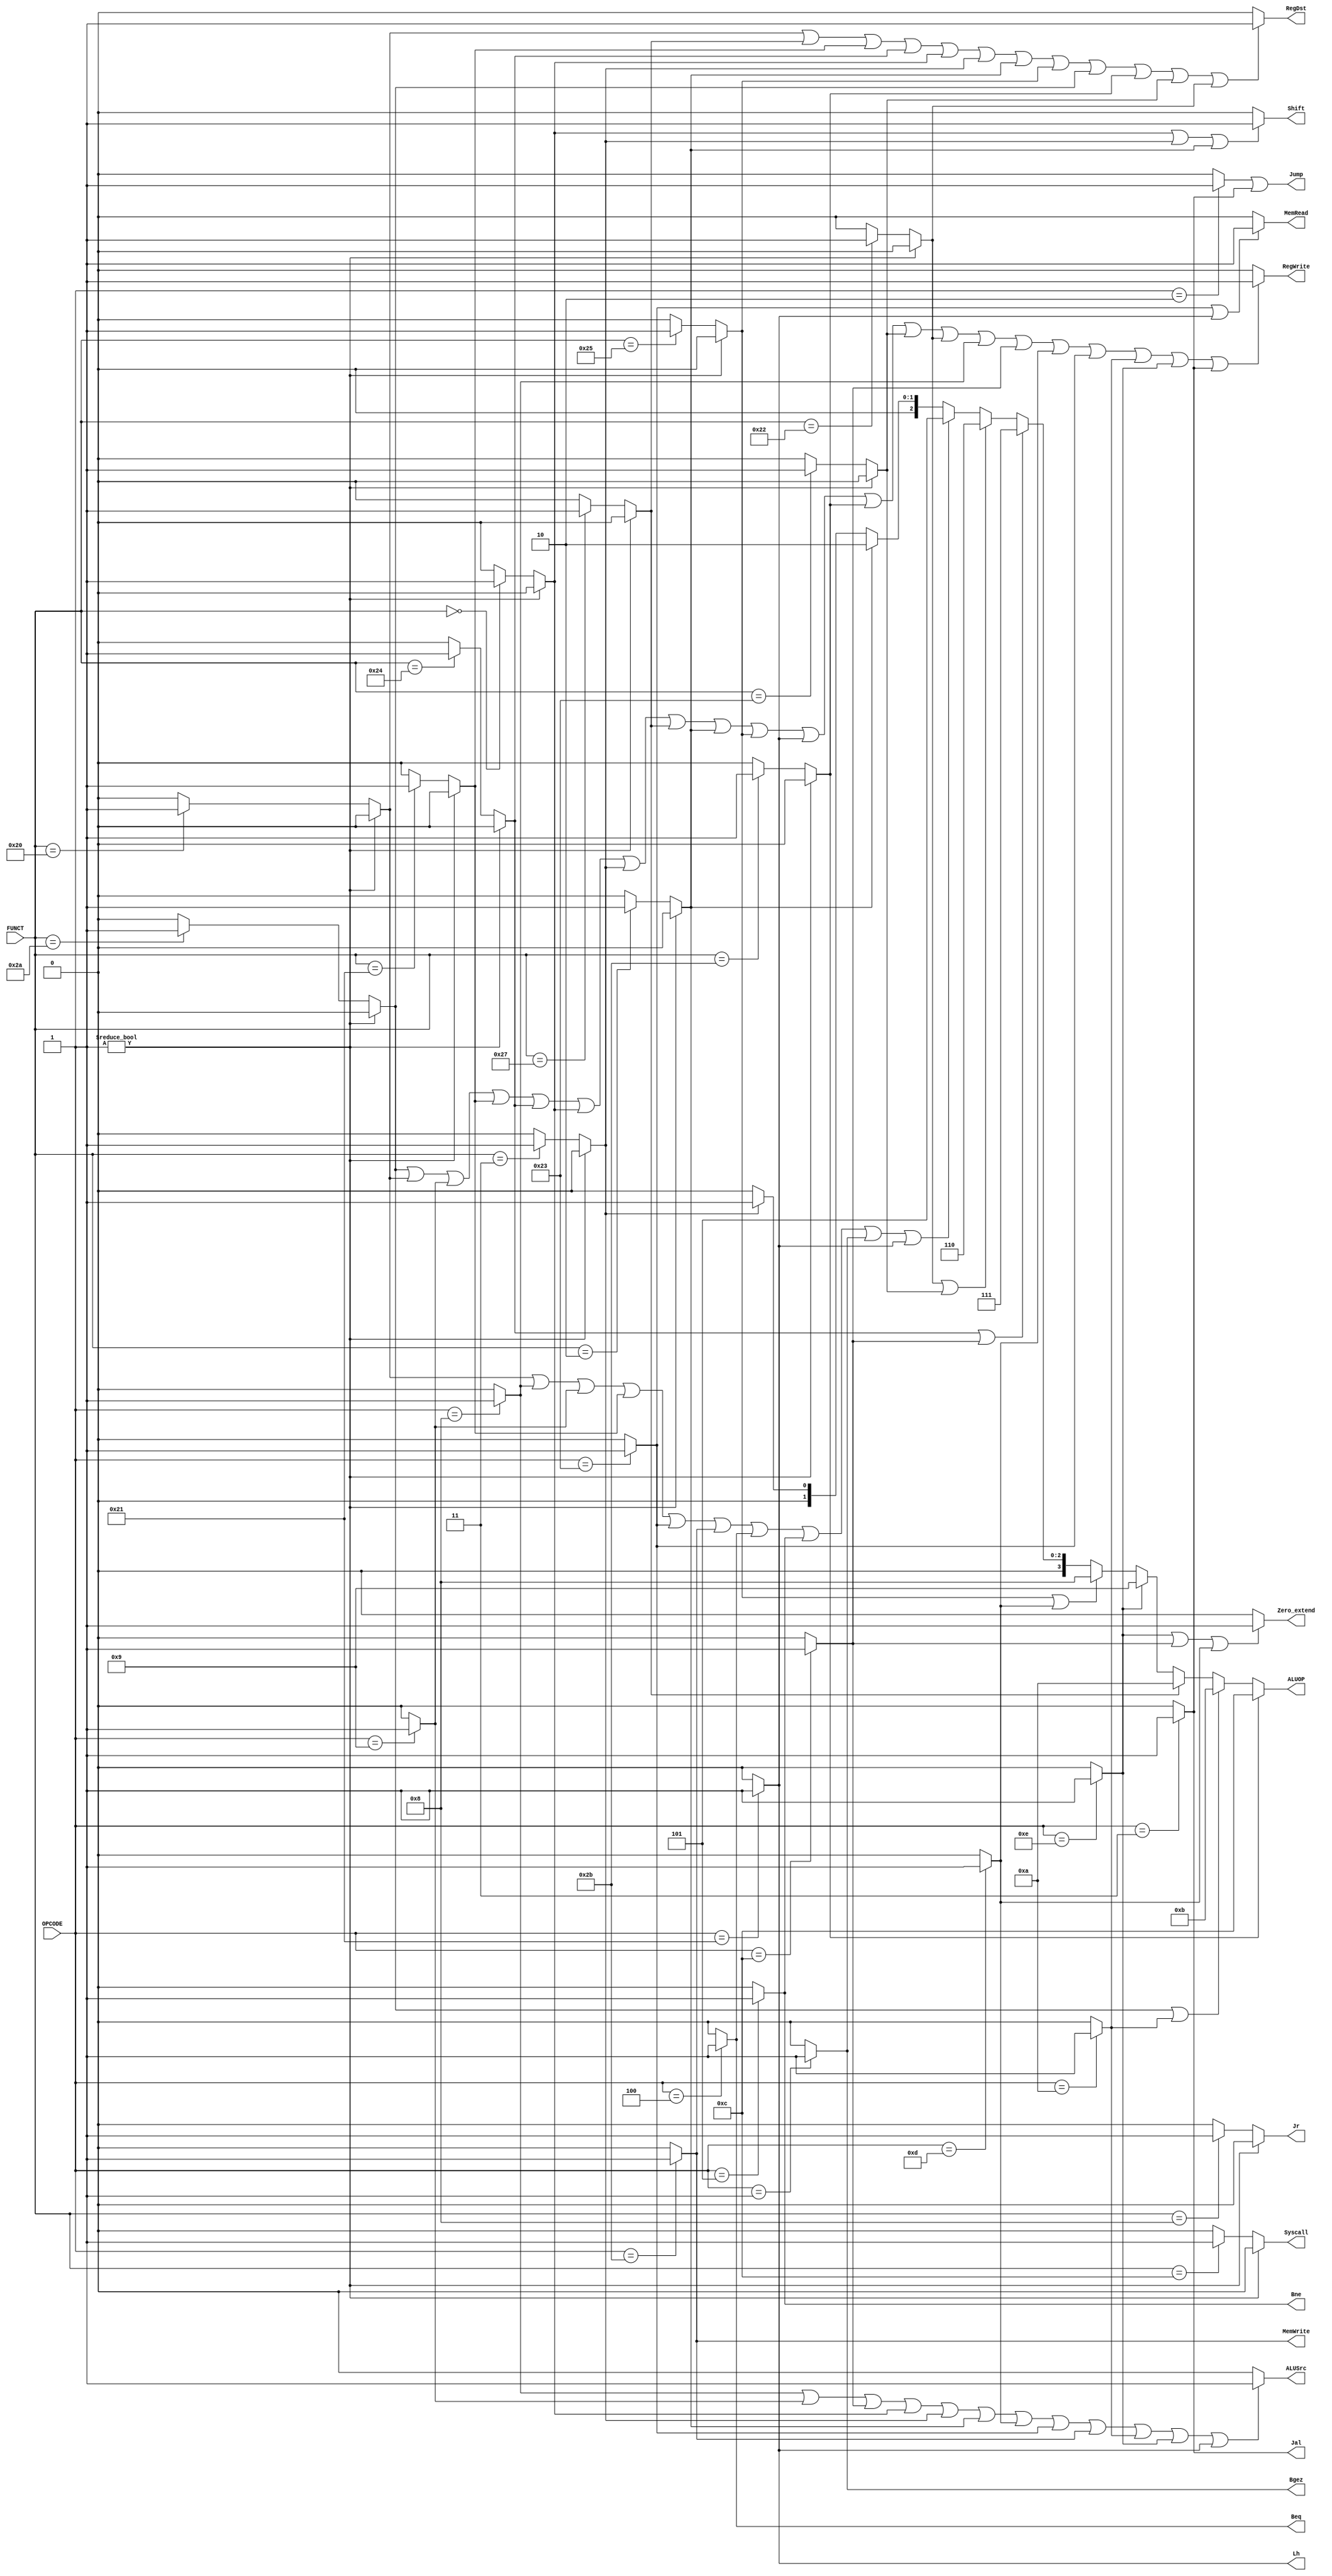
`timescale 1ns / 1ps
//////////////////////////////////////////////////////////////////////////////////
// Company: 
// Engineer: 
// 
// Design Name: 
// Module Name: CONTROL
// Project Name: 
// Target Devices: 
// Tool Versions: 
// Description: 
// 
// Dependencies: 
// 
// Revision:
// Revision 0.01 - File Created
// Additional Comments:
// 
//////////////////////////////////////////////////////////////////////////////////

/*
writer: tanghuichuan
input: 
    OPCODE[5:0] 
    FUNCT[5:0]
output:
    ALUOP[3:0] : ALU option
    ShiftZero_extend... : control message, 1 bit
*/

module CONTROL(
    input [5:0] OPCODE,
    input [5:0] FUNCT,
    output reg [3:0] ALUOP,
    output reg Shift,
    output reg Zero_extend,
    output reg ALUSrc,
    output reg RegDst,
    output reg RegWrite,
    output reg Jump,
    output reg Beq,
    output reg Bne,
    output reg MemRead,
    output reg MemWrite,
    output reg Jal,
    output reg Jr,
    output reg Syscall,
    output reg Bgez,
    output reg Lh
    );

    reg addi, addiu, andi, ori, lw, sw, beq, bne, slti, j, jal, xori, lh, bgez, add, addu, _and, sll, sra, srl, sub, _or, _nor, slt, sltu, jr, syscall, subu;
    initial begin
        addi <= 0; addiu <= 0; andi <= 0; ori <= 0; lw <= 0; sw <= 0; beq <= 0; bne <= 0; slti <= 0; j <= 0; jal <= 0; xori <= 0; lh <= 0; bgez <= 0; add <= 0; addu <= 0; _and <= 0; sll <= 0; sra <= 0; srl <= 0; sub <= 0; _or <= 0; _nor <= 0; slt <= 0; sltu <= 0; jr <= 0; syscall <= 0; subu <= 0;
    end

    always @(OPCODE or FUNCT) begin

        addi = (OPCODE == 6'h8) ? 1 : 0;
        addiu = (OPCODE == 6'h9) ? 1 : 0;
        andi = (OPCODE == 6'hc) ? 1 : 0;
        ori = (OPCODE == 6'hd) ? 1 : 0; 
        lw = (OPCODE == 6'h23) ? 1 : 0;
        sw = (OPCODE == 6'h2b) ? 1 : 0;
        beq = (OPCODE == 6'h4) ? 1 : 0;
        bne = (OPCODE == 6'h5) ? 1 : 0; 
        slti = (OPCODE == 6'ha) ? 1 : 0;
        j = (OPCODE == 6'h2) ? 1 : 0;
        jal = (OPCODE == 6'h3) ? 1 : 0;
        xori = (OPCODE == 6'he) ? 1 : 0; 
        lh = (OPCODE == 6'h21) ? 1 : 0;
        bgez = (OPCODE == 6'h1) ? 1 : 0;

        if (OPCODE != 0)begin
            add = 0; addu = 0; _and = 0; sll = 0; sra = 0; srl = 0; sub = 0; _or = 0; _nor = 0; slt = 0; sltu = 0; jr = 0; syscall = 0; subu = 0;
        end
        else begin
            add = (FUNCT == 6'h20) ? 1 : 0;
            addu = (FUNCT == 6'h21) ? 1 : 0;
            _and = (FUNCT == 6'h24) ? 1 : 0;
            sll = (FUNCT == 6'h0) ? 1 : 0; 
            sra = (FUNCT == 6'h3) ? 1 : 0;
            srl = (FUNCT == 6'h2) ? 1 : 0;
            sub = (FUNCT == 6'h22) ? 1 : 0;
            _or = (FUNCT == 6'h25) ? 1 : 0; 
            _nor = (FUNCT == 6'h27) ? 1 : 0;
            slt = (FUNCT == 6'h2a) ? 1 : 0;
            sltu = (FUNCT == 6'h2b) ? 1 : 0;
            jr = (FUNCT == 6'h8) ? 1 : 0; 
            syscall = (FUNCT == 6'hc) ? 1 : 0;
            subu = (FUNCT == 6'h23) ? 1 : 0;
        end

        // ALU Option
        ALUOP <= sltu ? 12 :
                (slt || slti) ? 11 :
                _nor ? 10 :
                xori ? 9 :
                (_or || ori) ? 8 : 
                (_and || andi) ? 7 :
                (sub || subu) ? 6 :
                (add || addi || addiu || addu || lw || sw || beq || bne || bgez || lh) ? 5 :
                srl ? 2 : 
                sra ? 1 :
                sll ? 0 : 0;

        // Control Message
        MemRead = (lw || lh) ? 1 : 0;
        MemWrite = sw;
        Shift = (sll || sra || srl) ? 1 : 0;
        Zero_extend = (xori || andi || ori) ? 1 : 0;
        RegDst = (add || _nor || addu || _and || sll || sra || srl || _or || slt || sltu || subu || sub) ? 1 : 0;
        Jump = (j || jal);
        Beq = beq;
        Bne = bne;
        Jal = jal;
        Jr = jr;
        Syscall = syscall;
        Bgez = bgez;
        Lh = lh;
        ALUSrc = (addi || addiu || andi || sll || sra || srl || ori || lw || sw || slti || xori || lh) ? 1 : 0;
        RegWrite = (slt || add || addiu || addu || _and || sll || sra || _nor || srl || _or || lh || sltu || subu || sub || addi || andi || ori || lw || slti || xori || jal) ? 1 : 0; 
    end 

endmodule